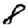
Digit: 8